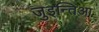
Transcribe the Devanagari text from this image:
जुइन्तिआ